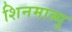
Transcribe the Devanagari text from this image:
शिनमाब्यु